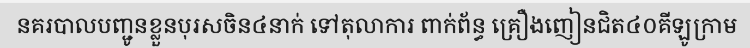
នគរបាលបញ្ជូនខ្លួនបុរសចិន៤នាក់ ទៅតុលាការ ពាក់ព័ន្ធ គ្រឿងញៀនជិត៤០គីឡូក្រាម